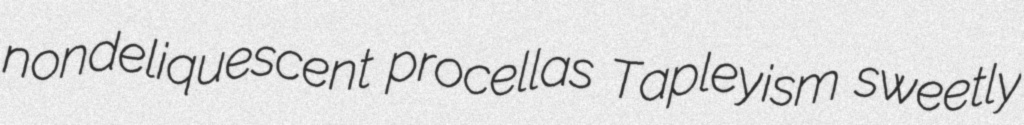
nondeliquescent procellas Tapleyism sweetly